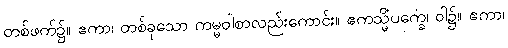
တစ်ဖက်၌။ ဧကာ၊ တစ်ခုသော ကမ္မဝါစာလည်းကောင်း။ ဧကသ္မိံပက္ခေ၊ ဝါ၌။ ဧကာ၊